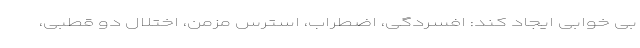
بی خوابی ایجاد کند: افسردگی، اضطراب، استرس مزمن، اختلال دو قطبی،